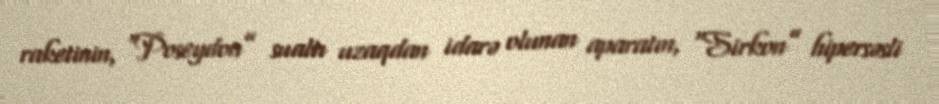
raketinin, “Poseydon” sualtı uzaqdan idarə olunan aparatın, “Sirkon” hipersəsli